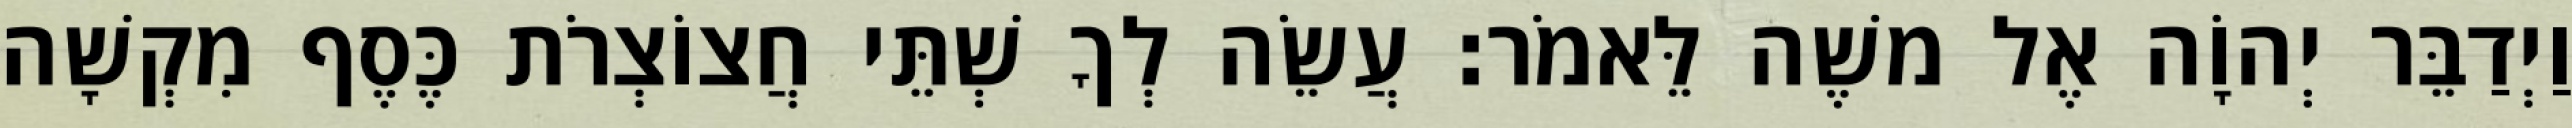
וַיְדַבֵּר יְהוָֹה אֶל משֶׁה לֵּאמֹר׃ עֲשֵׂה לְךָ שְׁתֵּי חֲצוֹצְרֹת כֶּסֶף מִקְשָׁה